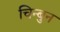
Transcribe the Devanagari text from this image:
चिन्बुन